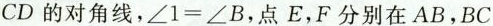
CD的对角线，$$\angle 1=\angle B$$，点E，F分别在AB，BC